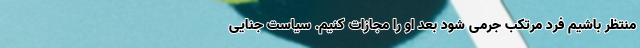
منتظر باشیم فرد مرتکب جرمی شود بعد او را مجازات کنیم. سیاست جنایی